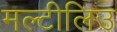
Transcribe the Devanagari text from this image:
मल्टीलिउ